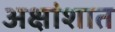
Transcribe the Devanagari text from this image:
अक्षांशात